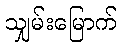
သျှမ်းမြောက်